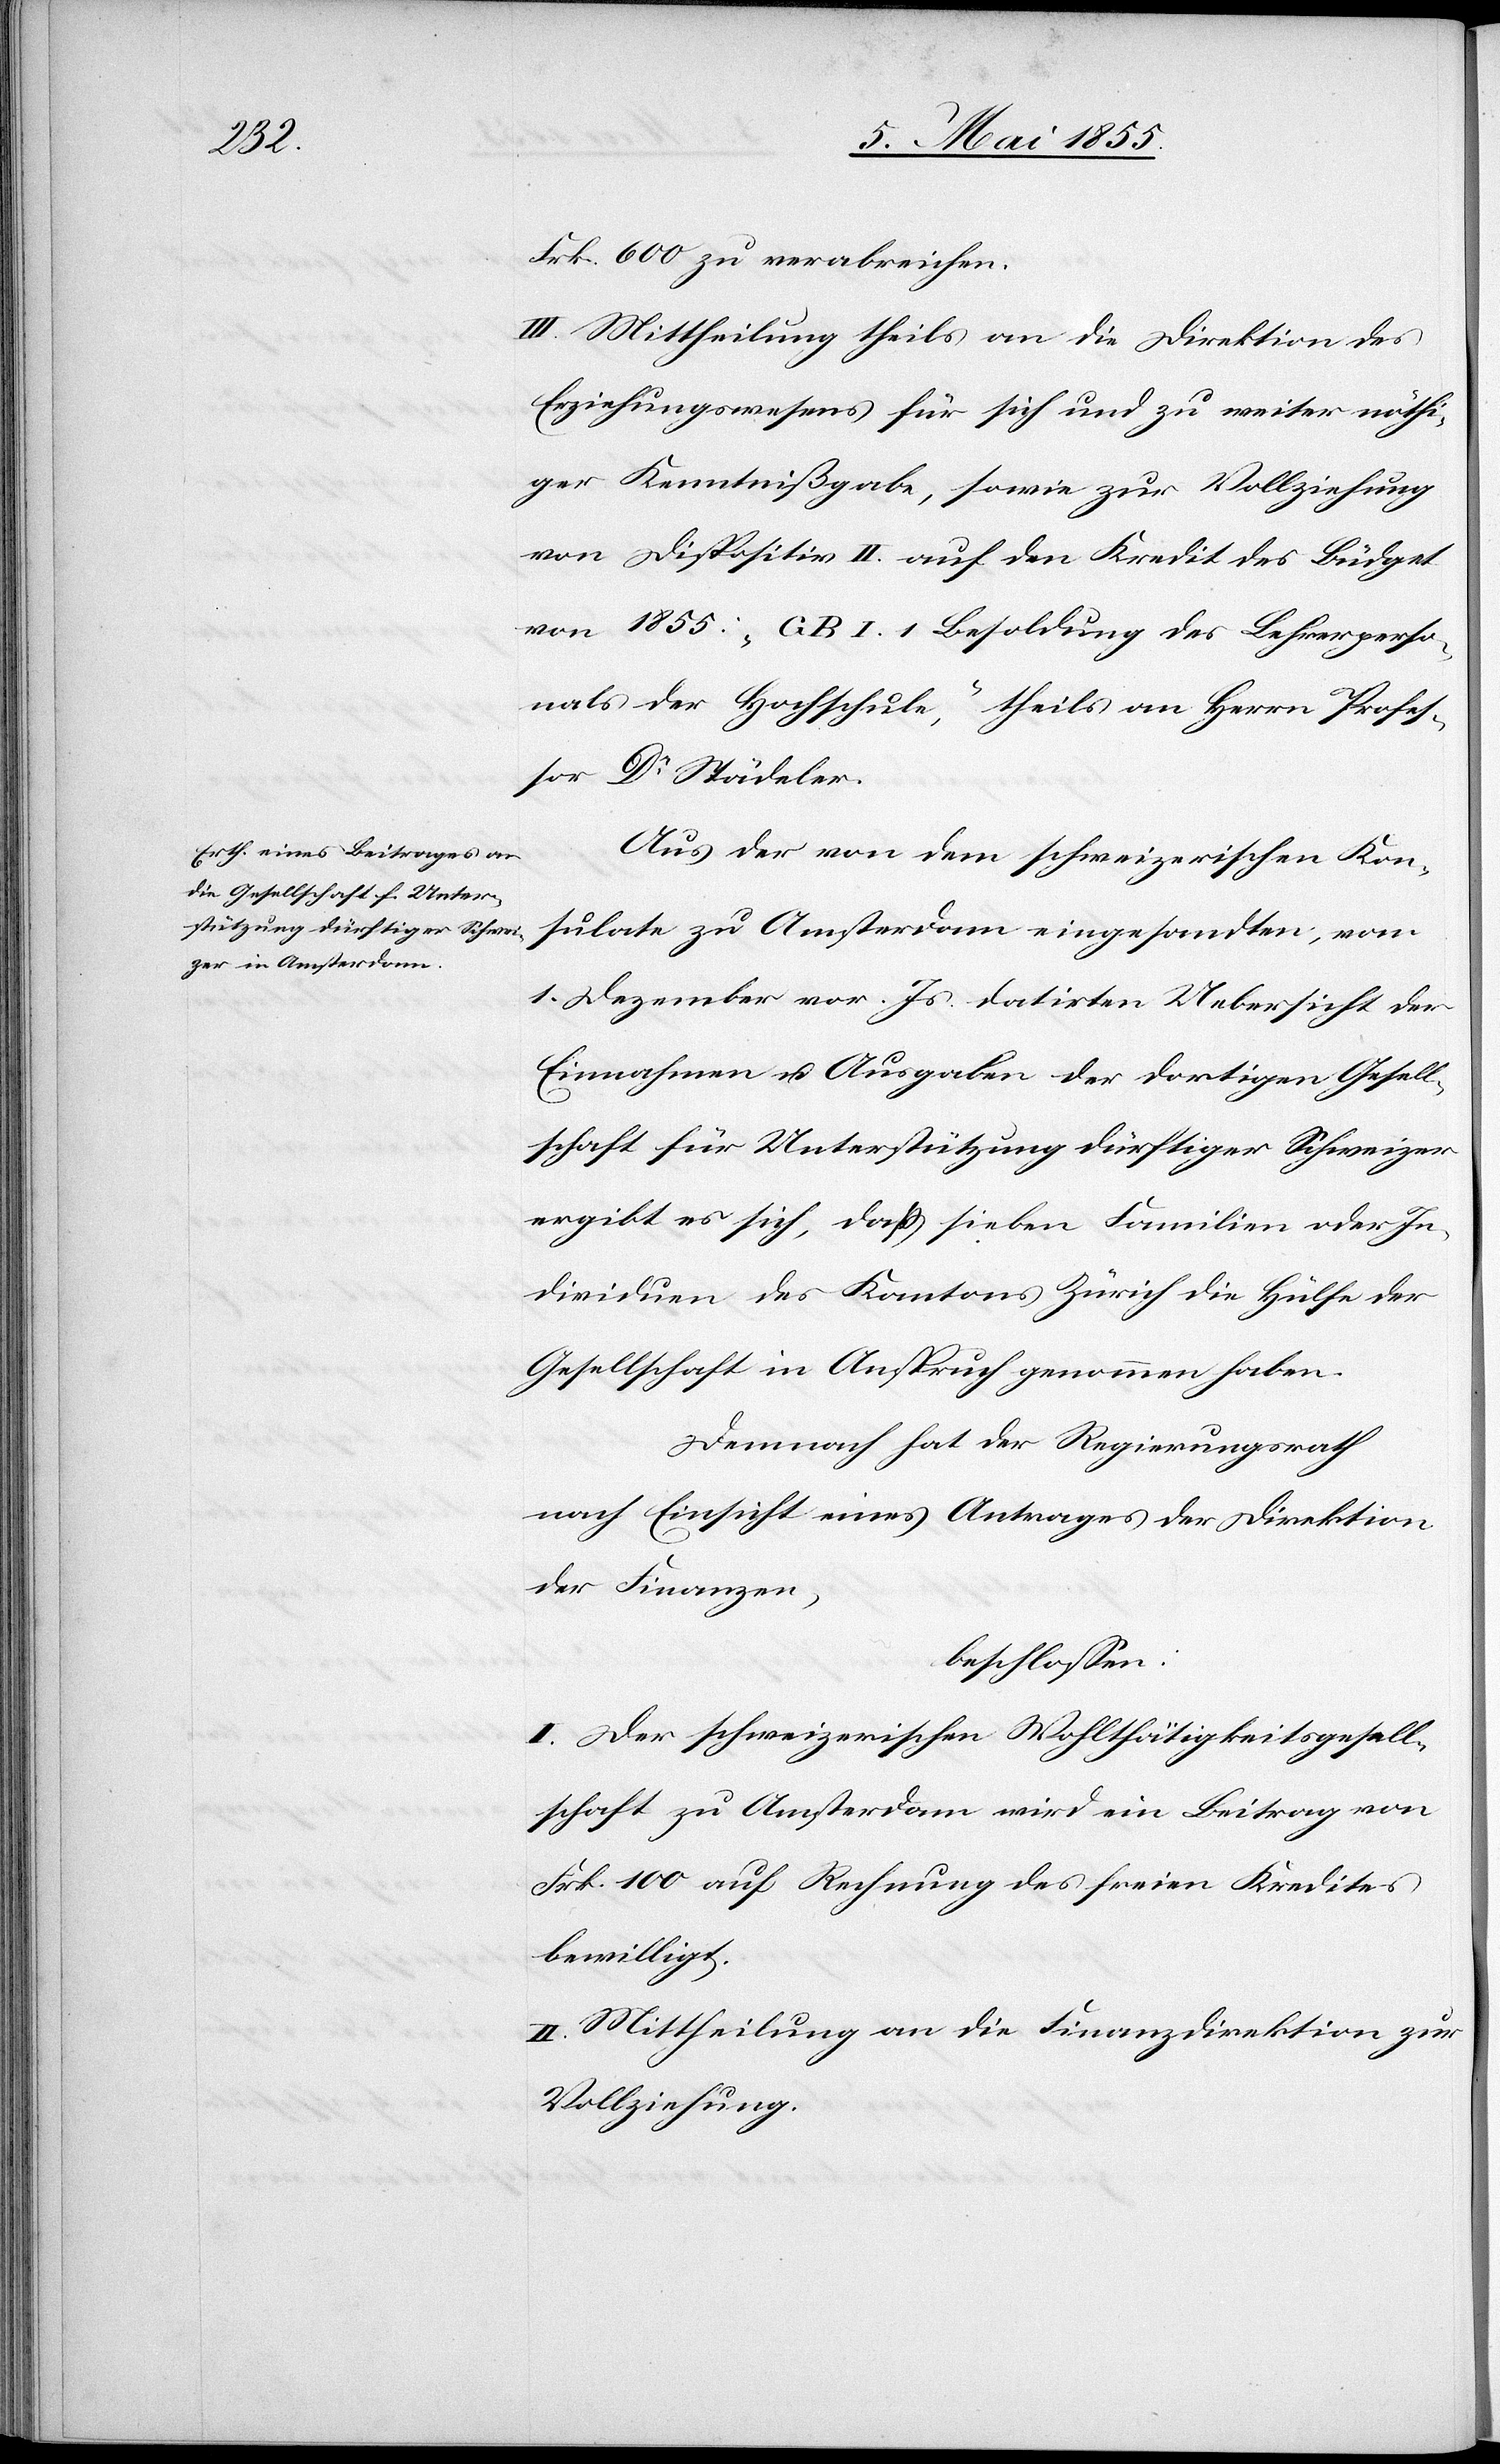
Frk. 600 zu verabreichen.
III. Mittheilung theils an die Direktion des
Erziehungswesens für sich und zu weiter nöthi¬
ger Kenntnißgabe, sowie zur Vollziehung
von Dispositiv II. auf den Kredit des Büdget
von 1855: „G B I. 1 Besoldung des Lehrerperso¬
nals der Hochschule“, theils an Herrn Profes¬
sor Dr Städeler.
Aus der von dem schweizerischen Kon¬
sulate zu Amsterdam eingesandten, vom
1. Dezember vor. Js. datirten Uebersicht der
Einnahmen u. Ausgaben der dortigen Gesell¬
schaft für Unterstützung dürftiger Schweizer
ergibt es sich, dass sieben Familien oder In¬
dividuen des Kantons Zürich die Hülfe der
Gesellschaft in Anspruch genommen haben.
Demnach hat der Regierungsrath
nach Einsicht eines Antrages der Direktion
der Finanzen,
beschlossen:
I. Der schweizerischen Wohlthätigkeitsgesell¬
schaft zu Amsterdam wird ein Beitrag von
Frk. 100 auf Rechnung des freien Kredites
bewilligt.
II. Mittheilung an die Finanzdirektion zur
Vollziehung.